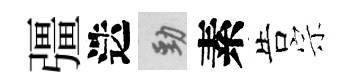
彊迭勁素告宗